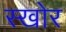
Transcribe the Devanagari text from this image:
स्खोर